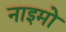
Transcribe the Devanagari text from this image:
नाइमो